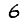
Digit: 6